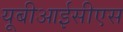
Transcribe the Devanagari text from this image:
यूबीआईसीएस